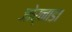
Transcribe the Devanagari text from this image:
जोर्नाडा